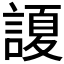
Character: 𲁲